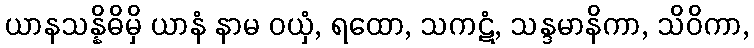
ယာနသန္နိဓိမှိ ယာနံ နာမ ဝယှံ, ရထော, သကဋံ, သန္ဒမာနိကာ, သိဝိကာ,